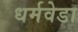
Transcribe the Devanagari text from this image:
धर्मवेडा